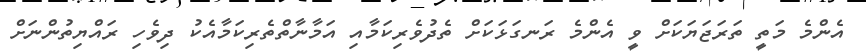
އެންމެ މަތީ ތަރަޖަޔަކަށް ވީ އެންމެ ރަނގަޅަކަށް ތެދުވެރިކަމާއި އަމާނާތްތެރިކަމާއެކު ދިވެހި ރައްޔިތުންނަށް